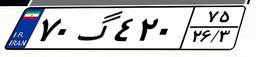
۴۸گ۱۱۳۷۵